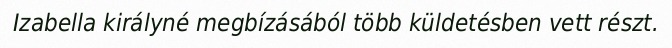
Izabella királyné megbízásából több küldetésben vett részt.